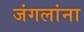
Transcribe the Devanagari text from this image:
जंगलांना